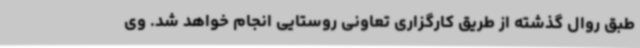
طبق روال گذشته از طریق کارگزاری تعاونی روستایی انجام خواهد شد. وی